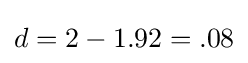
d=2-1.92=.08